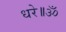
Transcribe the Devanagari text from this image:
धरे॥ॐ